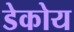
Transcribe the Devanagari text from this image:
डेकोय